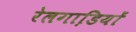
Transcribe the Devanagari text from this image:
रेलगाडि़यों